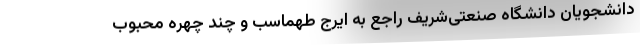
دانشجویان دانشگاه صنعتی‌شریف راجع به ایرج طهماسب و چند چهره محبوب